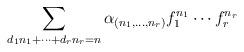
LaTeX: \begin{align*}\sum_{d_1n_1+\dots+d_rn_r=n}\alpha_{(n_1,\dots,n_r)}f_1^{n_1}\cdots f_r^{n_r}\end{align*}